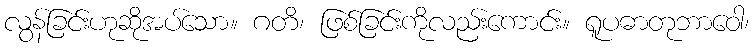
လွန်ခြင်းဟုဆိုအပ်သော။ ဂတိ၊ ဖြစ်ခြင်းကိုလည်းကောင်း။ ရူပဓာတုဘာဝေါ၊